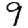
Digit: 9